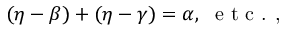
( \eta - \beta ) + ( \eta - \gamma ) = \alpha , \ \textrm { e t c . , }